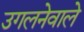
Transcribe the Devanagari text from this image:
उगलनेवाले